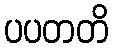
ပပတတိ